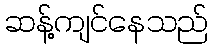
ဆန့်ကျင်နေသည်